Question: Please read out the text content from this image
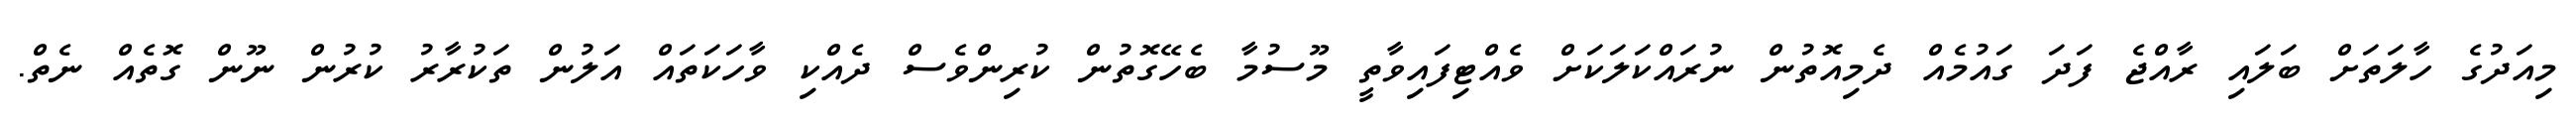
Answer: މިއަދުގެ ހާލަތަށް ބަލައި ރާއްޖެ ފަދަ ގައުމެއް ދެމިއޮތުން ނުރައްކަލަކަށް ވެއްޓިފައިވާތީ މޫސުމާ ބެހޭގޮތުން ކުރިންވެސް ދެއްކި ވާހަކަތައް އަލުން ތަކުރާރު ކުރުން ނޫން ގޮތެއް ނެތް.